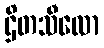
ဌိတသီလော